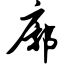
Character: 廓